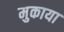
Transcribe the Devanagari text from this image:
मुकाया